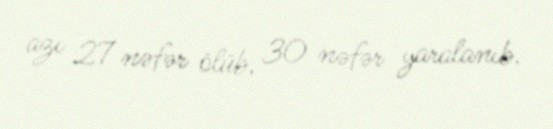
azı 27 nəfər ölüb, 30 nəfər yaralanıb.